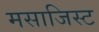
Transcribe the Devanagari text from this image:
मसाजिस्ट